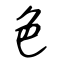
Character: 色